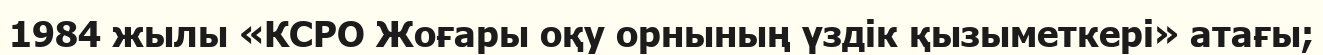
1984 жылы «КСРО Жоғары оқу орнының үздік қызыметкері» атағы;